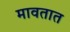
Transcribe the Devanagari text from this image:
मावतात